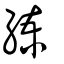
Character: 練